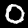
Label: 0